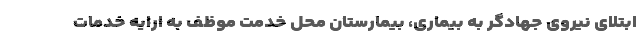
ابتلای نیروی جهادگر به بیماری، بیمارستان محل خدمت موظف به ارایه خدمات